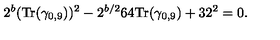
2 ^ { b } ( { \mathrm { T r } } ( \gamma _ { 0 , 9 } ) ) ^ { 2 } - 2 ^ { b / 2 } 6 4 { \mathrm { T r } } ( \gamma _ { 0 , 9 } ) + 3 2 ^ { 2 } = 0 .